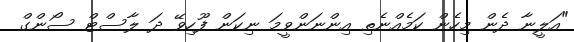
"އަލީނާ ދެން މިހެން ކަމެއްނެތި އިންނަންވީމަ ނިކަން ފޫހިވޭ ދަ ލާސްޓް ސޯންގް